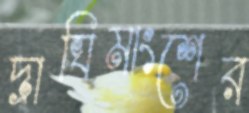
দ্রাঘিমাংশের